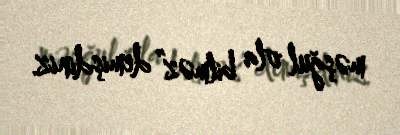
məşğul ola bilməz” demişdiniz.